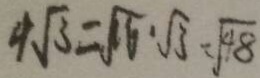
4 \sqrt { 3 } = \sqrt { 6 } \cdot \sqrt { 3 } = \sqrt { 4 8 }